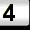
Digit: 3